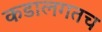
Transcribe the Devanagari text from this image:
कडालगतच